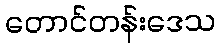
တောင်တန်းဒေသ